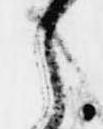
之